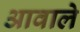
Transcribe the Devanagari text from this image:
आवाले